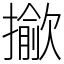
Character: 𢶖